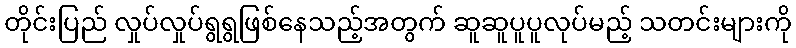
တိုင်းပြည် လှုပ်လှုပ်ရွရွဖြစ်နေသည့်အတွက် ဆူဆူပူပူလုပ်မည့် သတင်းများကို